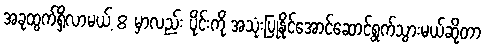
အခုထွက်ရှိလာမယ့် 8 မှာလည်း ပိုင်းကို အသုံးပြုနိုင်အောင်ဆောင်ရွက်သွားမယ်ဆိုတာ